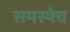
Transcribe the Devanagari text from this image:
समस्येच